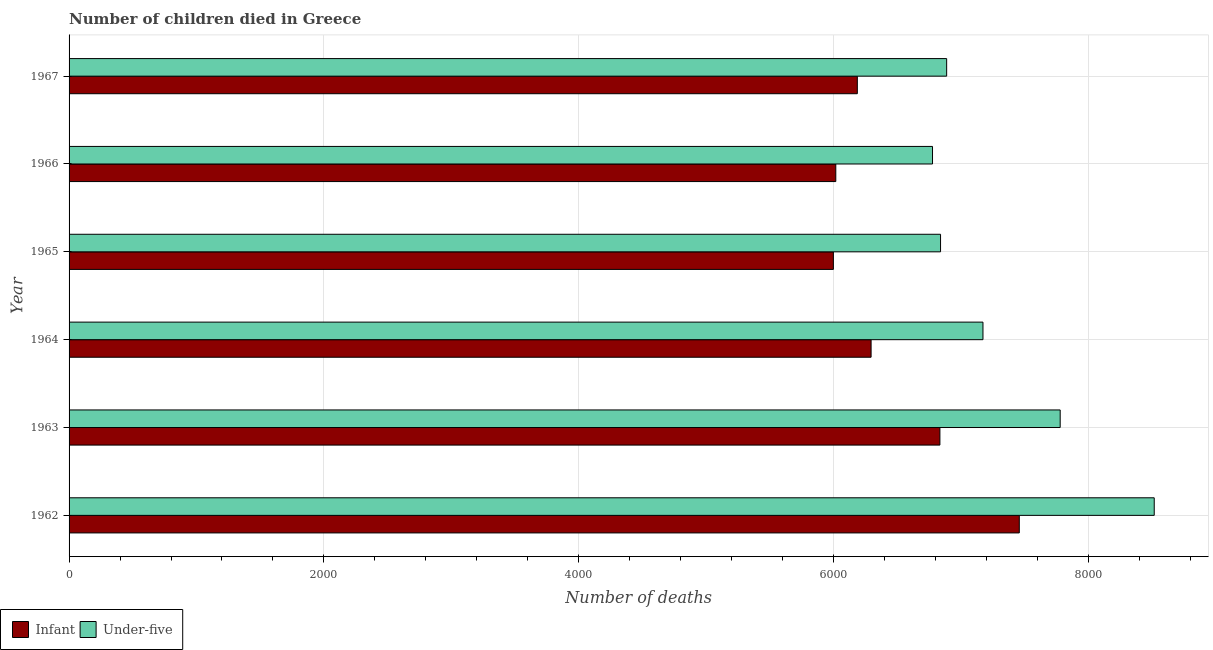
| Year | Infant | Under-five |
 | --- | --- | --- |
 | 1962 | 7.46e+03 | 8.52e+03 |
 | 1963 | 6.83e+03 | 7.78e+03 |
 | 1964 | 6.29e+03 | 7.17e+03 |
 | 1965 | 6e+03 | 6.84e+03 |
 | 1966 | 6.02e+03 | 6.78e+03 |
 | 1967 | 6.19e+03 | 6.89e+03 |